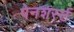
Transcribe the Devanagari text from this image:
पेनशर्स्ट